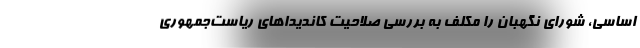
اساسی، شورای نگهبان را مکلف به بررسی صلاحیت کاندیداهای ریاست‌جمهوری